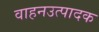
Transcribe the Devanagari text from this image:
वाहनउत्पादक